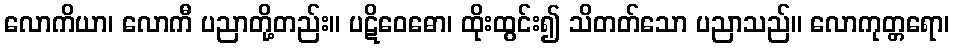
လောကိယာ၊ လောကီ ပညာတို့တည်း။ ပဋိဝေဓော၊ ထိုးထွင်း၍ သိတတ်သော ပညာသည်။ လောကုတ္တရော၊